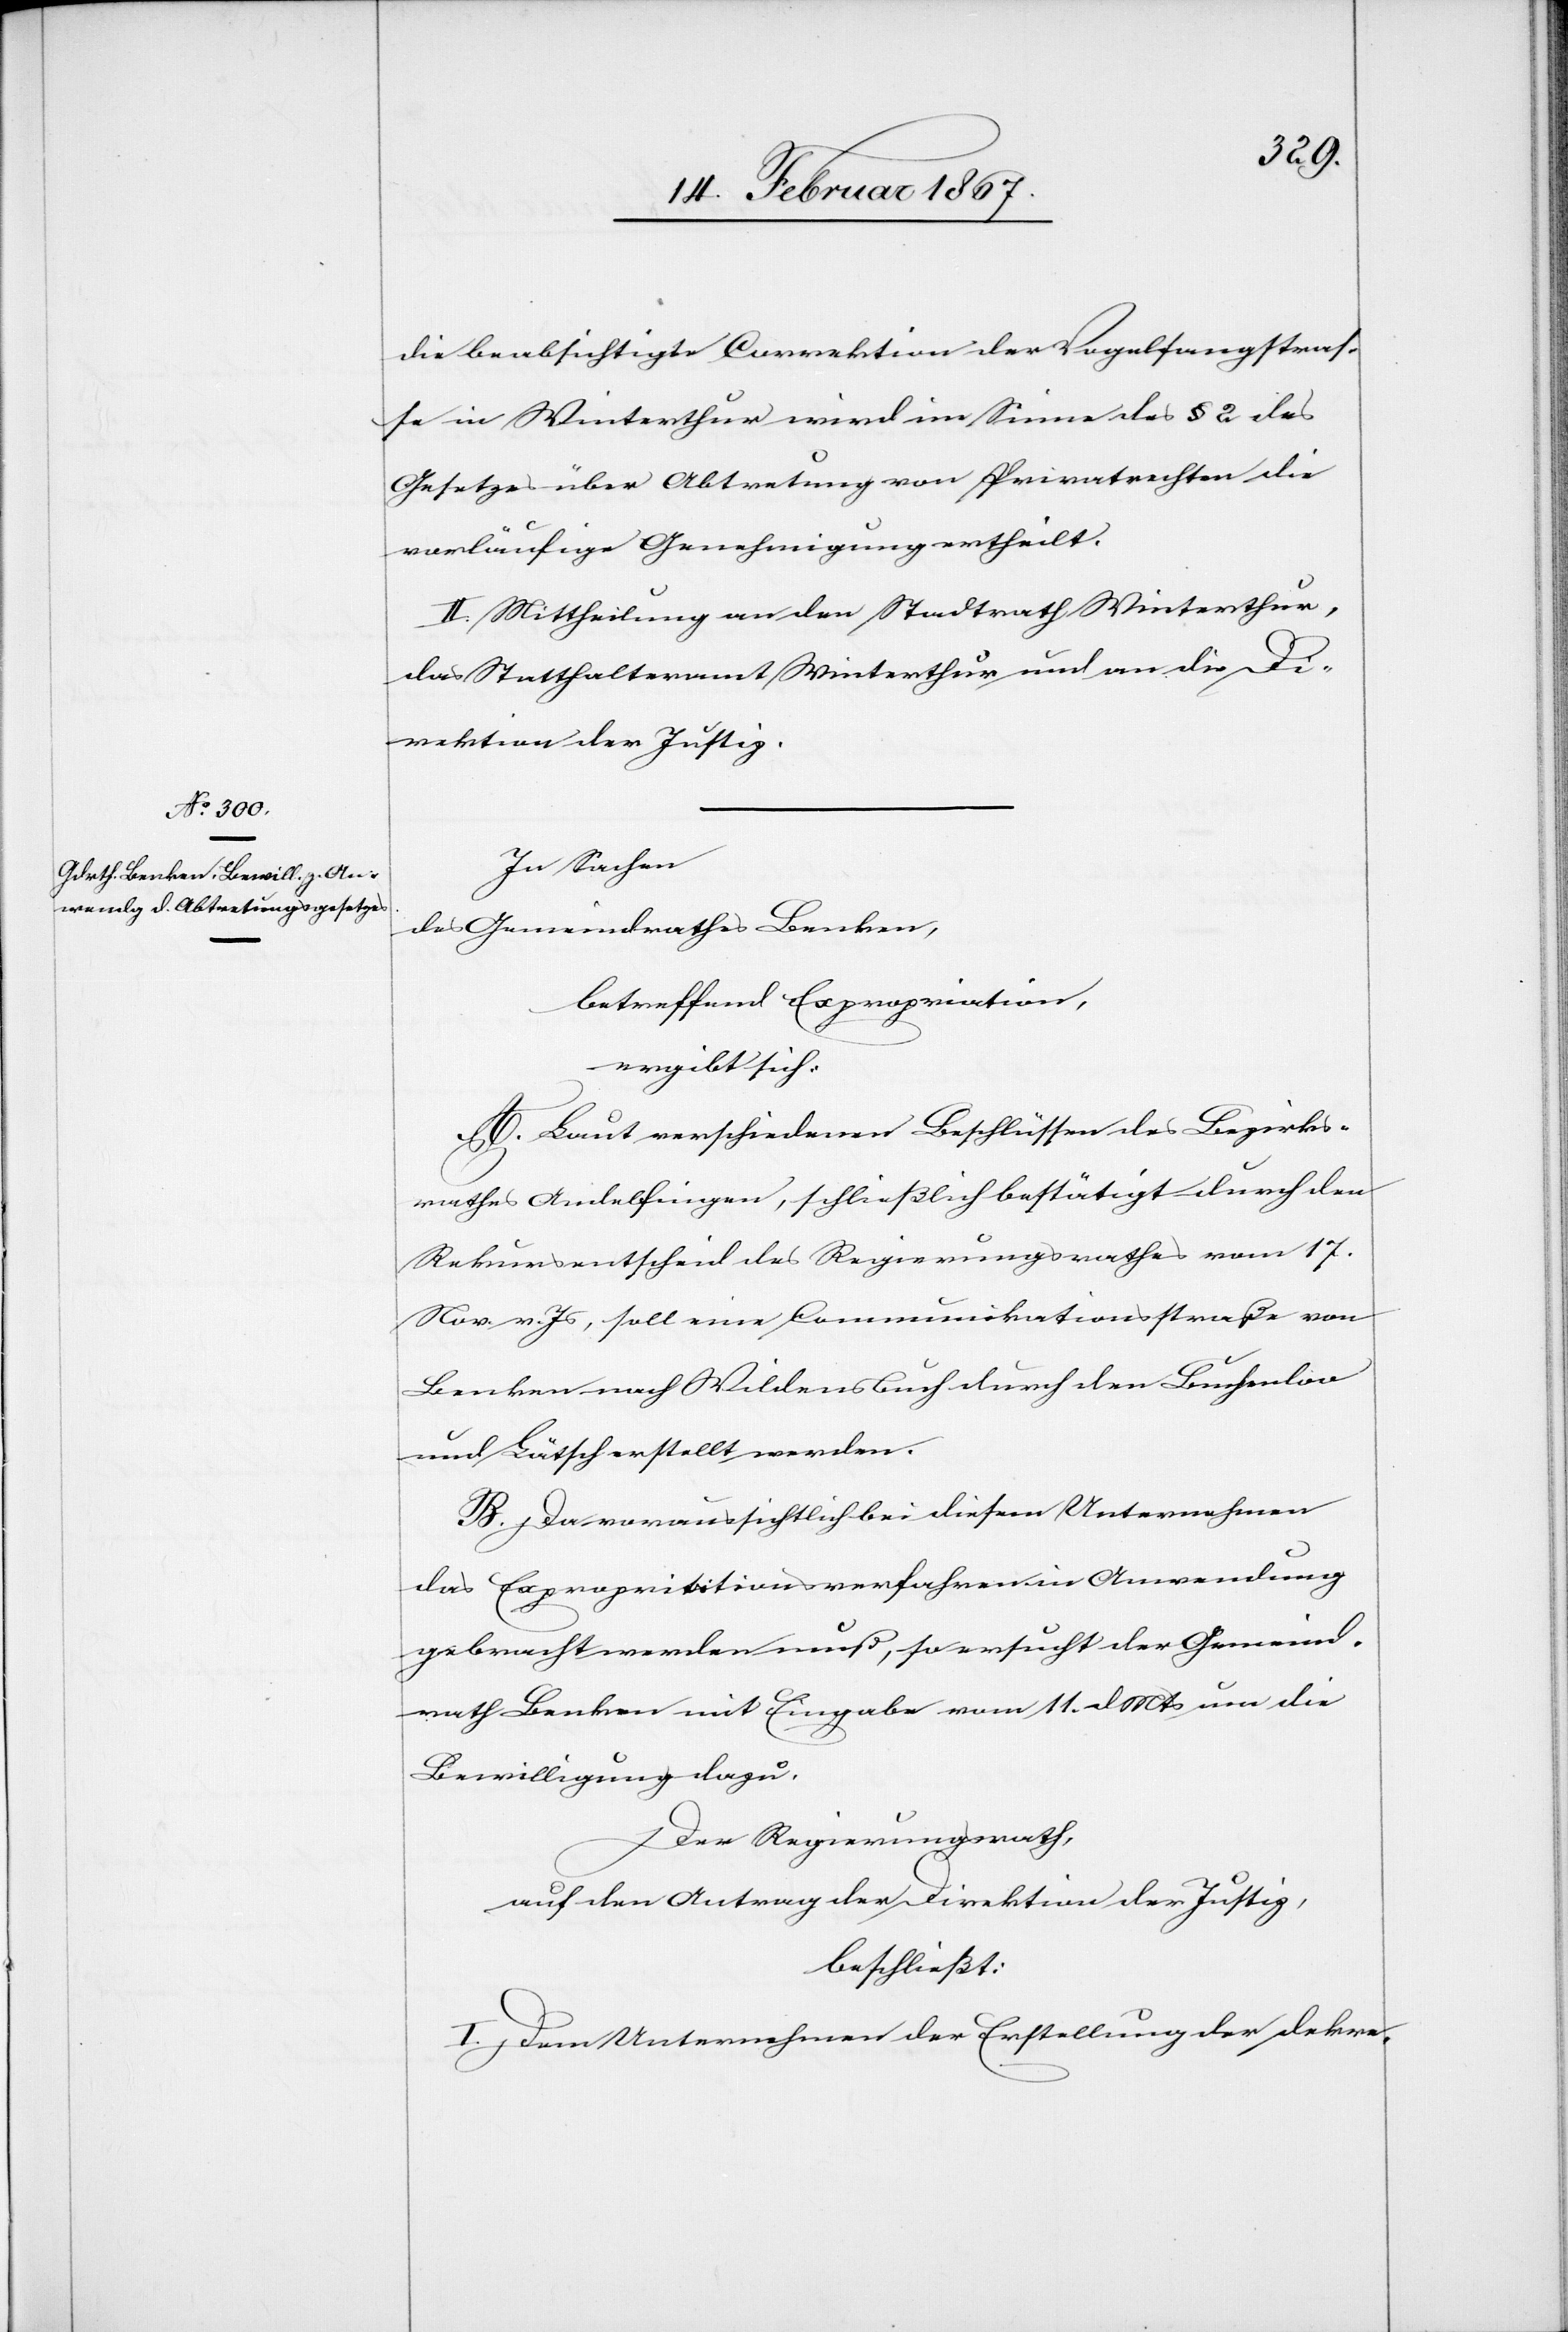
die beabsichtigte Correktion der Vogelsangstras¬
se in Winterthur wird im Sinne des § 2 des
Gesetzes über Abtretung von Privatrechten die
vorläufige Genehmigung ertheilt.
II. Mittheilung an den Stadtrath Winterthur,
das Statthalteramt Winterthur und an die Di¬
rektion der Justiz.
In Sachen
des Gemeindrathes Benken,
betreffend Expropriation,
ergibt sich:
A. Laut verschiedenen Beschlüssen des Bezirks¬
rathes Andelfingen, schließlich bestätigt durch den
Rekursentscheid des Regierungsrathes vom 17.
Nov. v. Js, soll eine Communikationsstraße von
Benken nach Wildensbuch durch den Buchenloo
und Lätsch erstellt werden.
B. Da voraussichtlich bei diesem Unternehmen
das Exproprititionsverfahren [sic!] in Anwendung
gebracht werden muß, so ersucht der Gemeind¬
rath Benken mit Eingabe vom 11. d. Mts um die
Bewilligung dazu.
Der Regierungsrath,
auf den Antrag der Direktion der Justiz,
beschließt:
I. Dem Unternehmen der Erstellung der dekre-